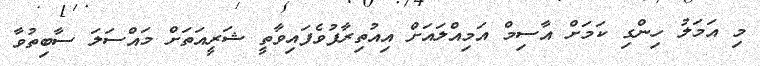
މި އަމަލު ހިންގި ކަމަށް އާސިމް އަމިއްލައަށް އިއުތިރާފުވެފައިވާތީ ޝަރީއަތަށް މައްސަލަ ސާބިތުވާ